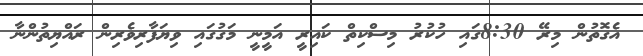
އެގޮތުން މިރޭ 8:30ގައި ހުކުރު މިސްކިތް ކައިރީ އަމީނީ މަގުގައި ވިޔަފާރިވެރިން ރައްޔިތުންނާ